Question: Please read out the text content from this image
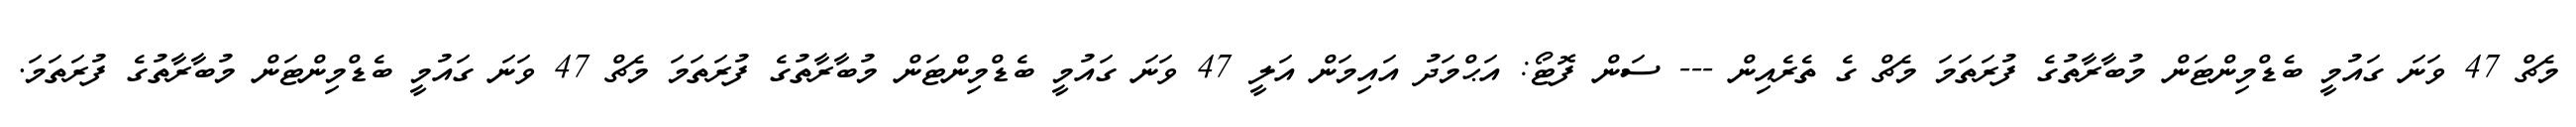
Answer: މެޗް 47 ވަނަ ގައުމީ ބެޑްމިންޓަން މުބާރާތުގެ ފުރަތަމަ މެޗް ގެ ތެރެއިން --- ސަން ފޮޓޯ: އަޙްމަދު އައިމަން އަލީ 47 ވަނަ ގައުމީ ބެޑްމިންޓަން މުބާރާތުގެ ފުރަތަމަ މެޗް 47 ވަނަ ގައުމީ ބެޑްމިންޓަން މުބާރާތުގެ ފުރަތަމަ.